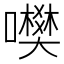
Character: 𡃎